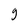
Character: 9